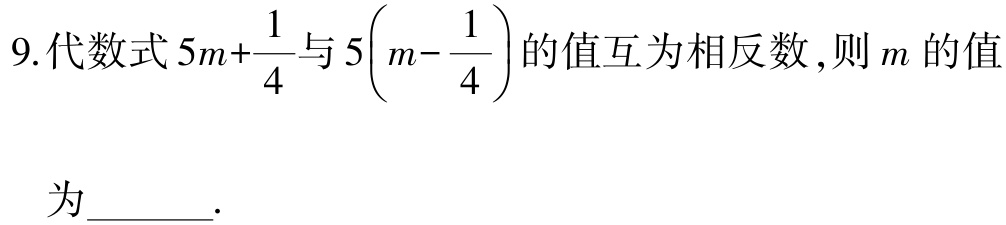
9.代数式\(5m+\frac{1}{4}\)与\(5\left(m - \frac{1}{4}\right)\)的值互为相反数，则\(m\)的值

为______.